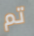
تم